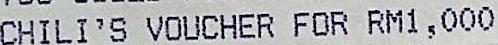
CHILI'S VOUCHER FOR RM1,000